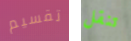
تقسيم تنقل